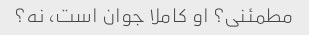
مطمئنی؟ او کاملا جوان است، نه؟